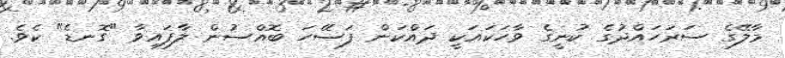
މާލޭގެ ސަރަހައްދުގެ ކުނީގެ ވާހަކައަކީ ދައްކަން ފަސޭހަ ބޮއްސުން ލާފައިވާ "ގޮނޑެ" ކެވެ.